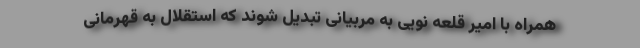
همراه با امیر قلعه نویی به مربیانی تبدیل شوند که استقلال به قهرمانی